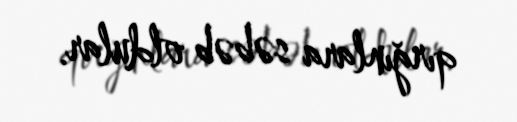
qırğınlara səbəb oldular.